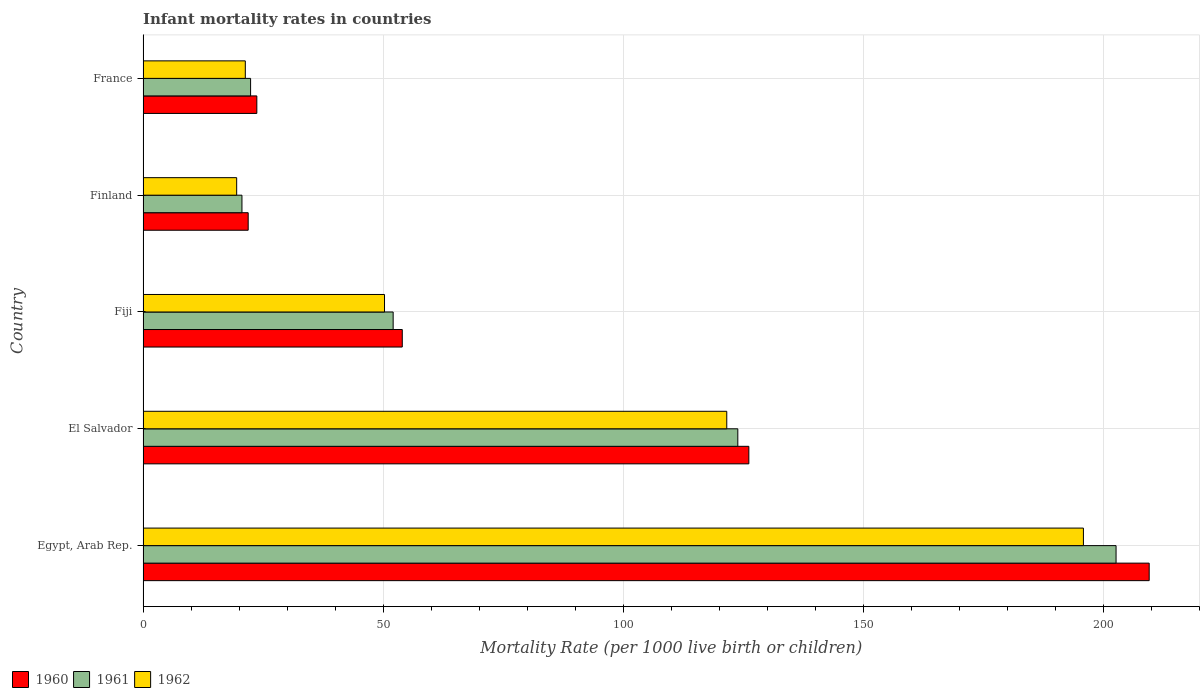
| Country | 1960 | 1961 | 1962 |
 | --- | --- | --- | --- |
 | Egypt, Arab Rep. | 210 | 203 | 196 |
 | El Salvador | 126 | 124 | 122 |
 | Fiji | 54 | 52.1 | 50.3 |
 | Finland | 21.9 | 20.6 | 19.5 |
 | France | 23.7 | 22.4 | 21.3 |